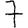
Digit: 7